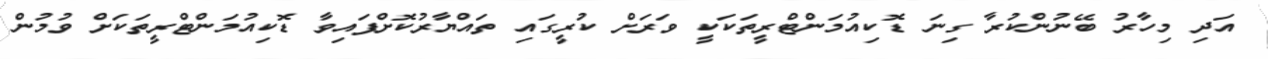
އަދި މިހާރު ބޭނުންކުރާ ގިނަ ޑޮކިއުމަންޓްރީތަކަކީ ވަރަށް ކުރީގައި ތައްޔާރުކޮށްފައިވާ ޑޮކިއުމަންޓްރީތަކަށް ވުމުން